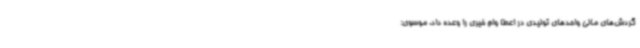
گردش‌های مالی واحدهای تولیدی در اعطا وام خیری را وعده داد. موسوی: